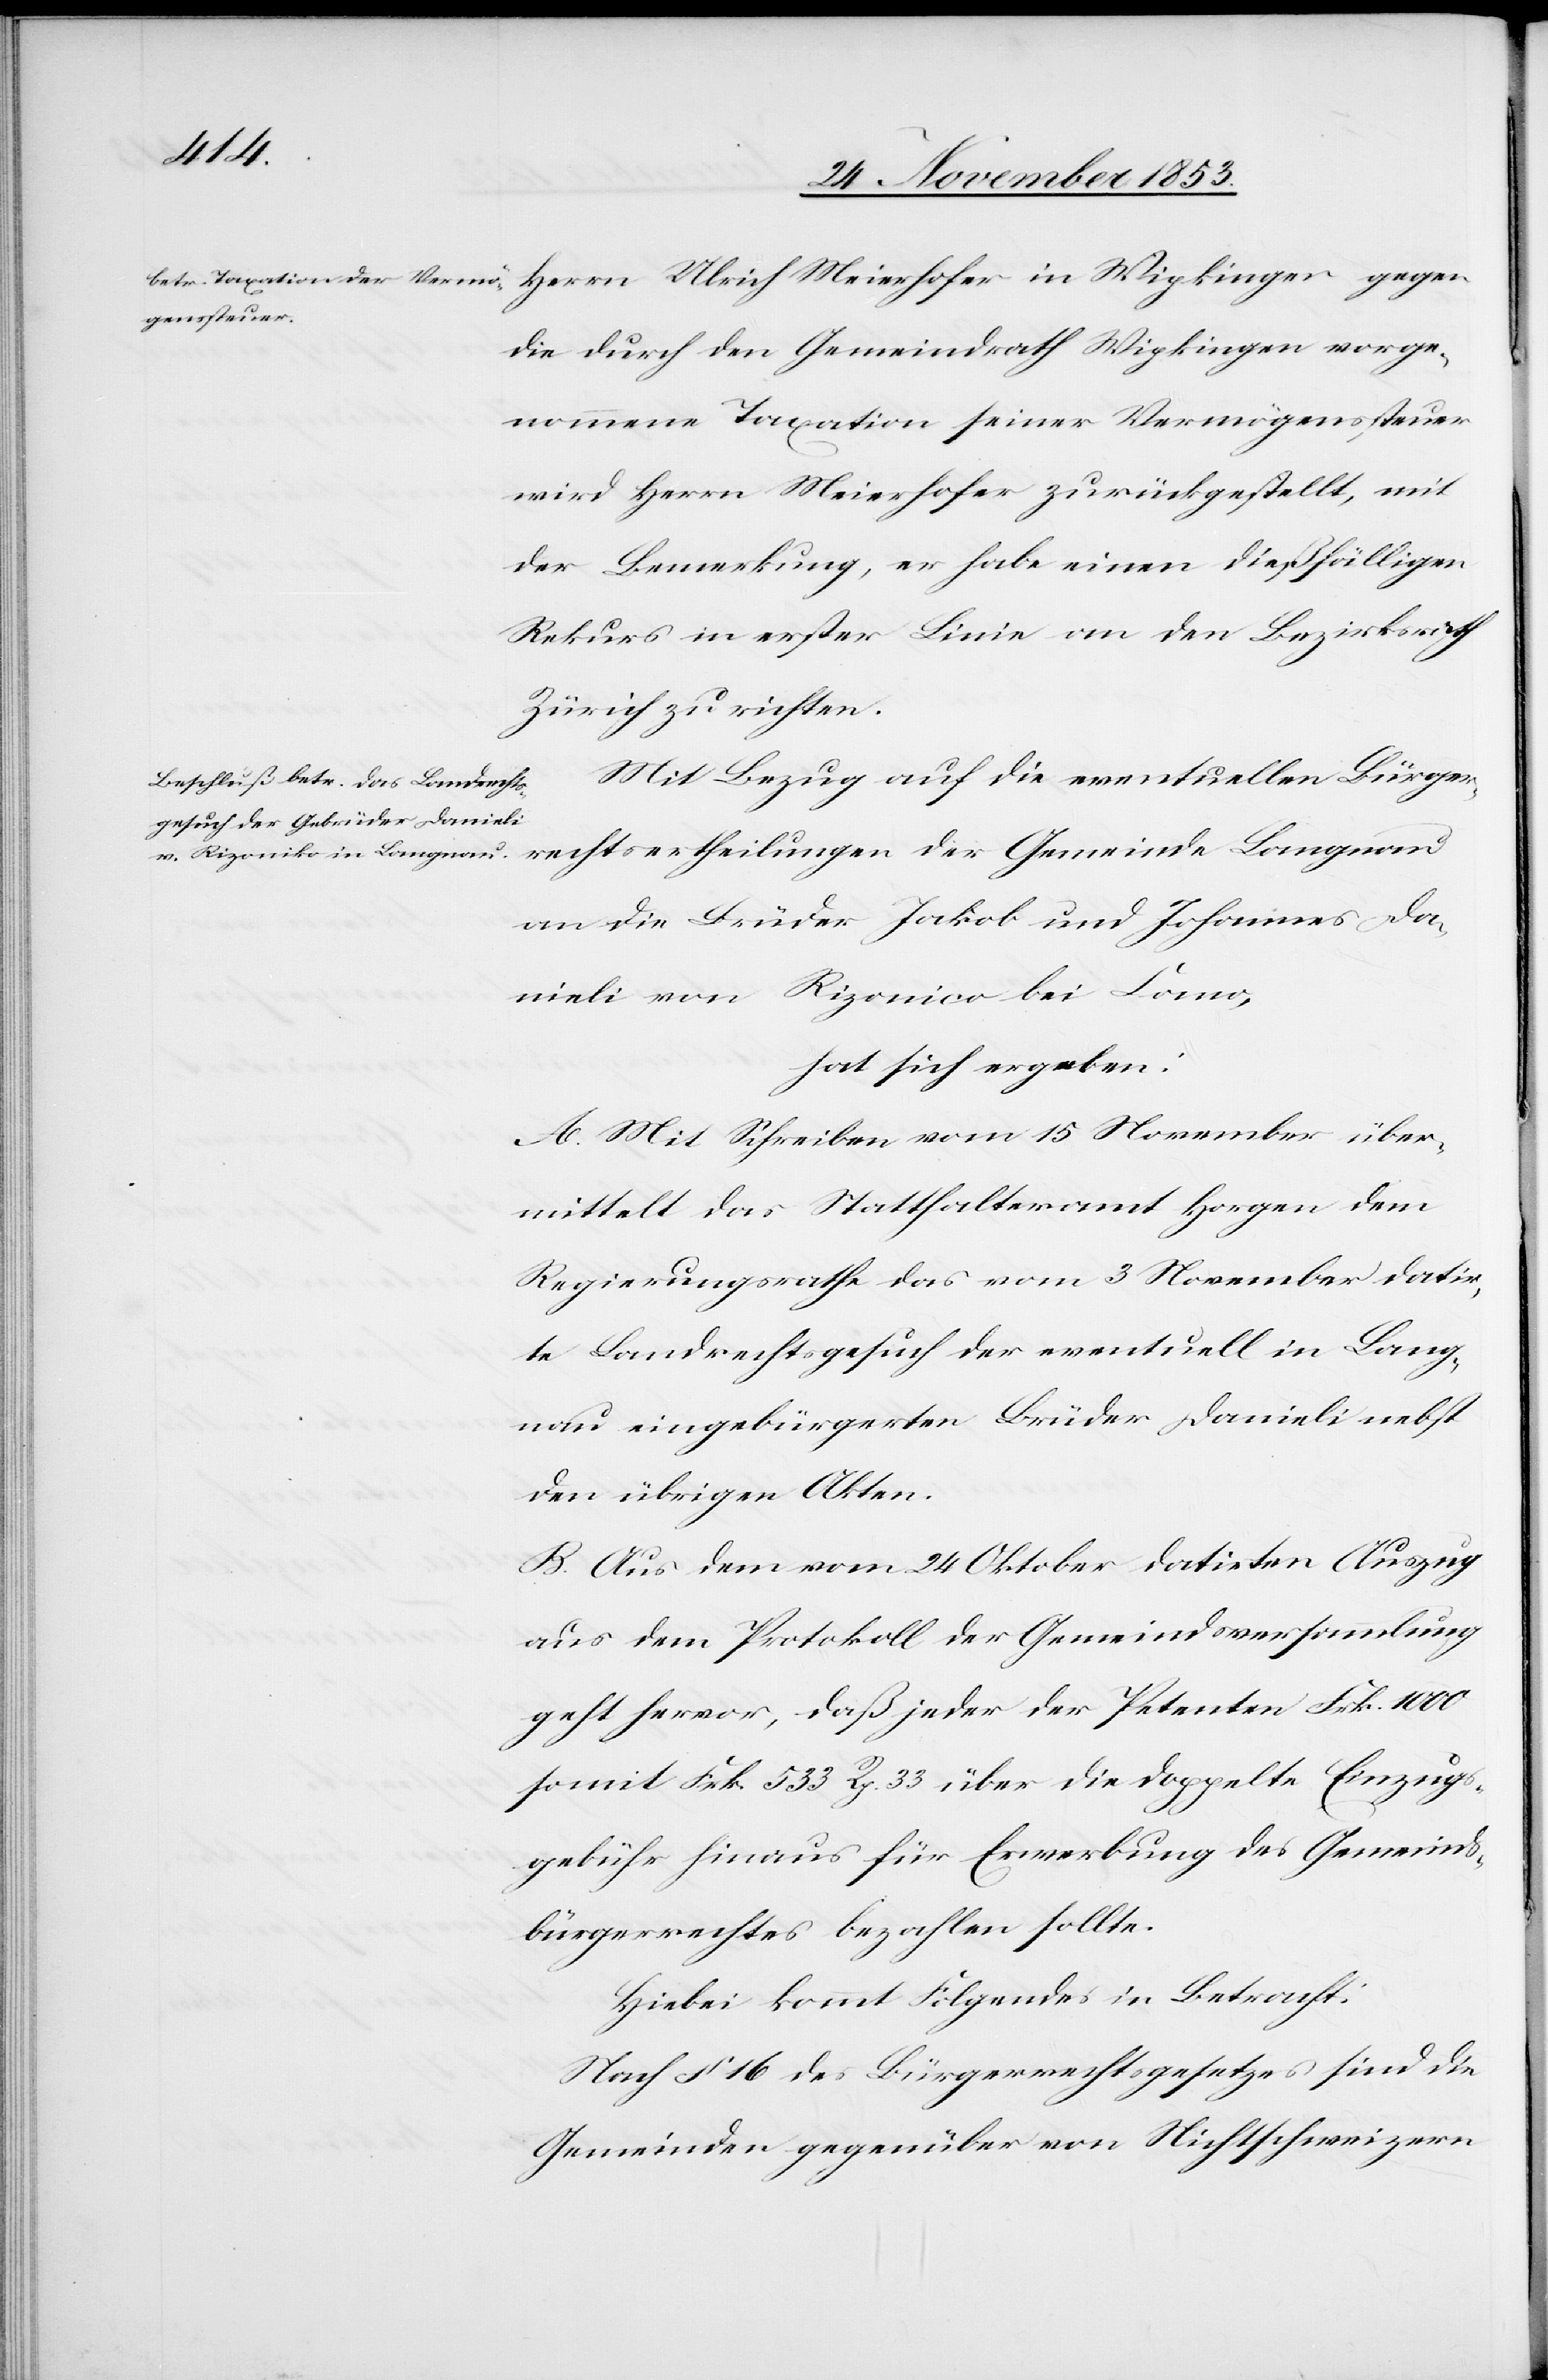
rechtsertheilungen
die durch den Gemeindrath Wipkingen vorge¬
nommene Taxation seiner Vermögenssteuer
wird Herrn Meierhofer zurückgestellt, mit
der Bemerkung, er habe einen dießfälligen
Rekurs in erster Linie an den Bezirksrath
Zürich zu richten.
Mit Bezug auf die eventuellen Bürger¬
an die Brüder Jakob und Johannes Da¬
nieli von Rizornico bei Como,
hat sich ergeben:
A. Mit Schreiben vom 15 November über¬
mittelt das Statthalteramt Horgen dem
Regierungsrathe das vom 3 November datir¬
te Landrechtsgesuch der eventuell in Lang¬
nau eingebürgerten Brüder Danieli nebst
den übrigen Akten.
B. Aus dem vom 24 Oktober datirten Auszug
aus dem Protokoll der Gemeindsversammlung
geht hervor, daß jeder der Petenten Frk. 1000
somit Frk. 533 Rp. 33 über die doppelte Einzugs¬
gebühr hinaus für Erwerbung des Gemeinds¬
bürgerrechtes bezahlen sollte.
Hiebei kommt Folgendes in Betracht:
Nach § 16 des Bürgerrechtsgesetzes sind die
Gemeinden gegenüber von Nichtschweizern